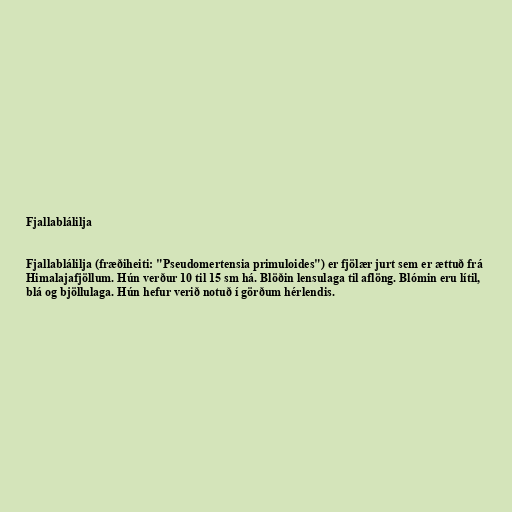
Fjallablálilja

Fjallablálilja (fræðiheiti: "Pseudomertensia primuloides") er fjölær jurt sem er ættuð frá
Himalajafjöllum. Hún verður 10 til 15 sm há. Blöðin lensulaga til aflöng. Blómin eru lítil,
blá og bjöllulaga. Hún hefur verið notuð í görðum hérlendis.